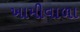
ખામીવાળા